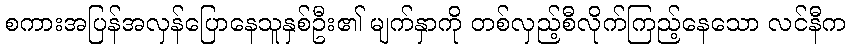
စကားအပြန်အလှန်ပြောနေသူနှစ်ဦး၏ မျက်နှာကို တစ်လှည့်စီလိုက်ကြည့်နေသော လင်နီက